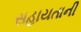
સહાયતાની